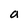
Character: a